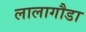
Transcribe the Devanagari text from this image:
लालागौडा